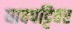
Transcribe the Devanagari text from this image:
धावपट्टिवर